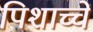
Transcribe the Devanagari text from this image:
पिशाच्चें